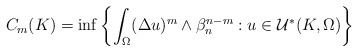
\begin{align*}\begin{aligned}C_m(K)=\inf\left\{\int_{\Omega}(\Delta u)^m\wedge\beta_n^{n-m}: u\in\mathcal{U}^*(K,\Omega)\right\}\end{aligned}\end{align*}